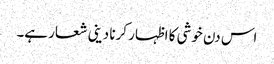
اس دن خوشی کا اظہار کرنا دینی شعار ہے۔